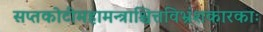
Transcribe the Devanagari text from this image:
सप्तकोटीमहामन्त्राश्चित्तविभ्रंशकारकाः